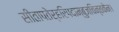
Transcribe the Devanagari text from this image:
सीतापतेर्हरिपदाम्बुजचिन्तकेन।